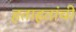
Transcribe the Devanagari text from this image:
हताहतांची